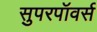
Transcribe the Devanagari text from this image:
सुपरपॉवर्स